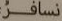
نسافر